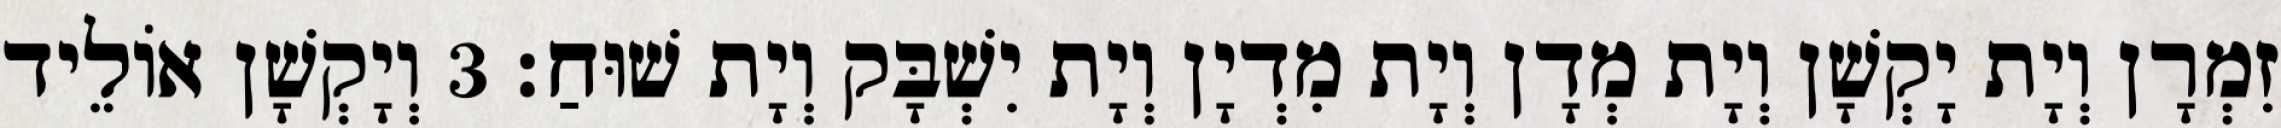
זִמְרָן וְיָת יָקְשָׁן וְיָת מְדָן וְיָת מִדְיָן וְיָת יִשְׁבָּק וְיָת שׁוּחַ׃ 3 וְיָקְשָׁן אוֹלֵיד